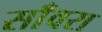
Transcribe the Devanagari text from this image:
साँवरा